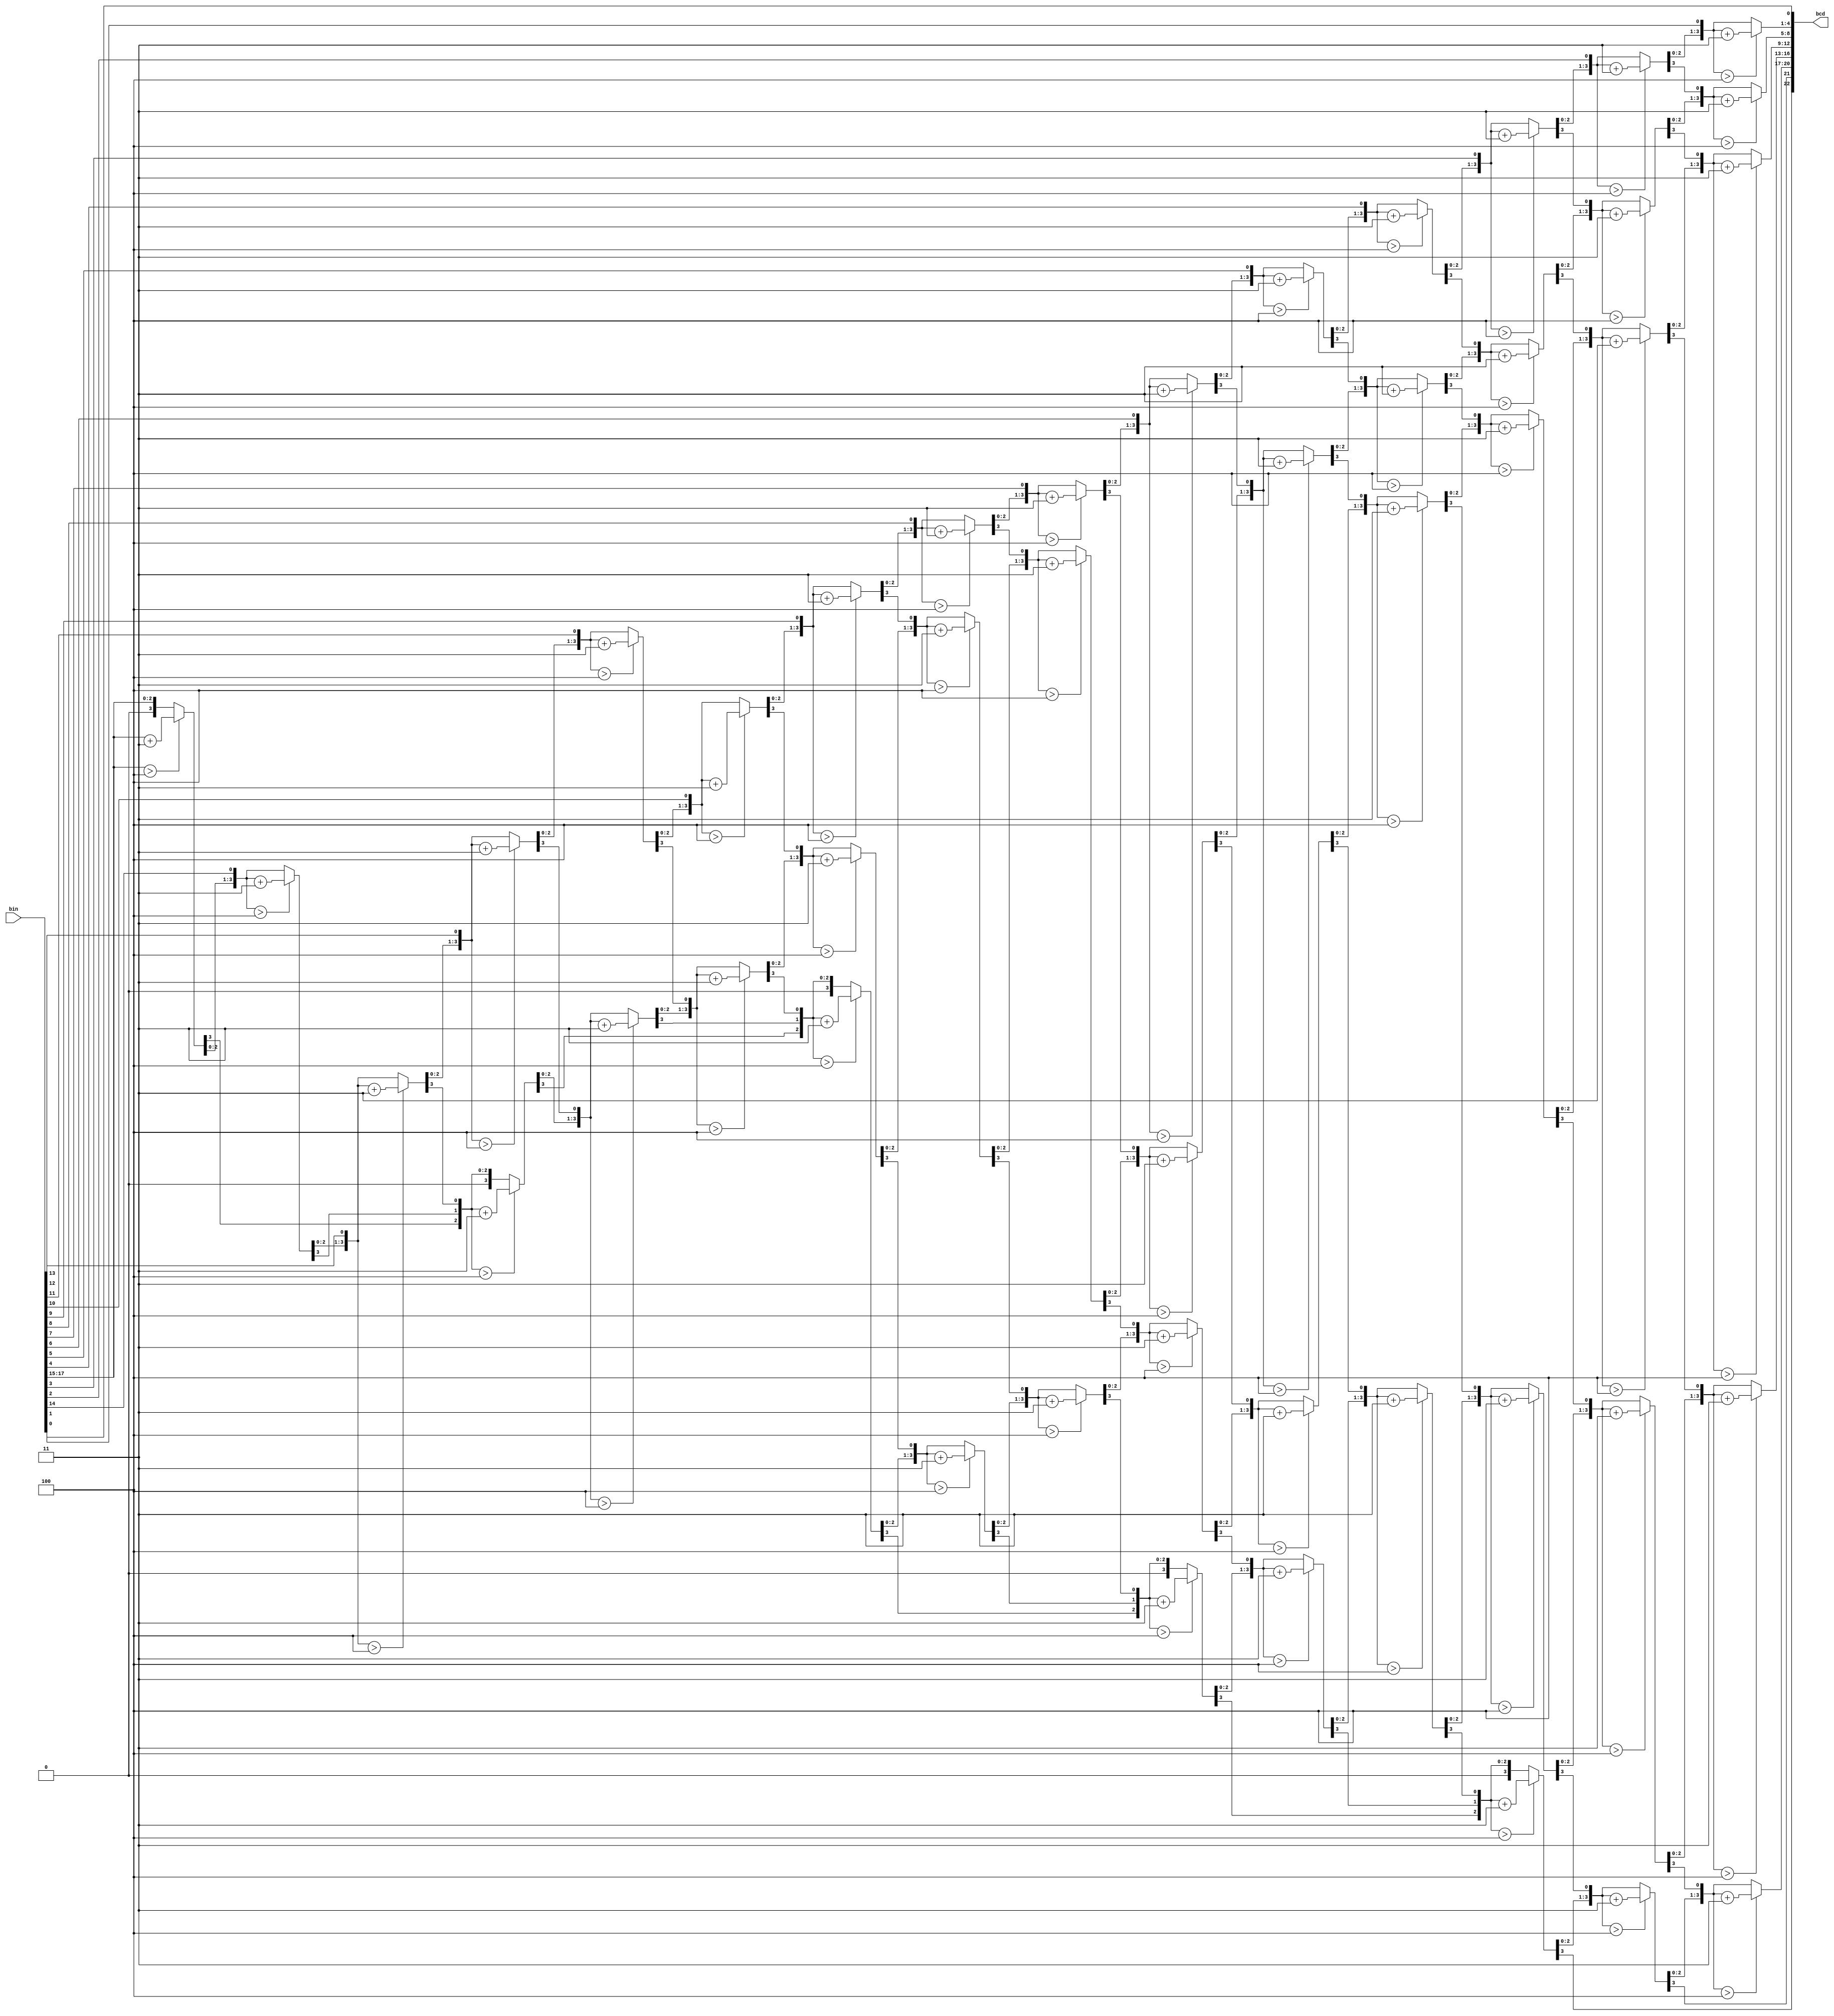
////////////////////////////////////////////////////////////////////////////////////
// Copyright (c) 2012, Ameer M. Abdelhadi; ameer@ece.ubc.ca. All rights reserved. //
//                                                                                //
// Redistribution  and  use  in  source   and  binary  forms,   with  or  without //
// modification,  are permitted  provided that  the following conditions are met: //
//   * Redistributions   of  source   code  must  retain   the   above  copyright //
//     notice,  this   list   of   conditions   and   the  following  disclaimer. //
//   * Redistributions  in  binary  form  must  reproduce  the  above   copyright //
//     notice, this  list  of  conditions  and the  following  disclaimer in  the //
//     documentation and/or  other  materials  provided  with  the  distribution. //
//   * Neither the name of the University of British Columbia (UBC) nor the names //
//     of   its   contributors  may  be  used  to  endorse  or   promote products //
//     derived from  this  software without  specific  prior  written permission. //
//                                                                                //
// THIS  SOFTWARE IS  PROVIDED  BY THE COPYRIGHT HOLDERS AND CONTRIBUTORS "AS IS" //
// AND  ANY EXPRESS  OR IMPLIED WARRANTIES,  INCLUDING,  BUT NOT LIMITED TO,  THE //
// IMPLIED WARRANTIES OF MERCHANTABILITY AND FITNESS FOR A PARTICULAR PURPOSE ARE //
// DISCLAIMED.  IN NO  EVENT SHALL University of British Columbia (UBC) BE LIABLE //
// FOR ANY DIRECT,  INDIRECT,  INCIDENTAL,  SPECIAL,  EXEMPLARY, OR CONSEQUENTIAL //
// DAMAGES  (INCLUDING,  BUT NOT LIMITED TO,  PROCUREMENT OF  SUBSTITUTE GOODS OR //
// SERVICES;  LOSS OF USE,  DATA,  OR PROFITS;  OR BUSINESS INTERRUPTION) HOWEVER //
// CAUSED AND ON ANY THEORY OF LIABILITY,  WHETHER IN CONTRACT, STRICT LIABILITY, //
// OR TORT  (INCLUDING NEGLIGENCE OR OTHERWISE) ARISING IN ANY WAY OUT OF THE USE //
// OF  THIS SOFTWARE,  EVEN  IF  ADVISED  OF  THE  POSSIBILITY  OF  SUCH  DAMAGE. //
////////////////////////////////////////////////////////////////////////////////////

////////////////////////////////////////////////////////////////////////////////////
//                 bin2bcd.v:  Parametric  Binary to BCD Converter                // 
//                 Using Double Dabble / Shift and Add 3 Algorithm                //
//                                                                                //
// Ameer M.S. Abdelhadi (ameer@ece.ubc.ca; ameer.abdelhadi@gmail.com), Sept. 2012 //
////////////////////////////////////////////////////////////////////////////////////

////////////////////////////////////////////////////////////////////////////////////
//                                 18-bit Example                                 //
//                                                                                //
//                     B  B  B  B  B  B  B  B  B  B  B  B  B  B  B  B  B  B       //
//                     I  I  I  I  I  I  I  I  I  I  I  I  I  I  I  I  I  I       //
//                     N  N  N  N  N  N  N  N  N  N  N  N  N  N  N  N  N  N       //
//                     1  1  1  1  1  1  1  1  9  8  7  6  5  4  3  2  1  0       //
//     '0 '0 '0 '0 '0  7  6  5  4  3  2  1  0  |  |  |  |  |  |  |  |  |  |       //
//      |  |  |  |  |  |  |  |  |  |  |  |  |  |  |  |  |  |  |  |  |  |  |       //
//      |  |  |  |  V__V__V__V  |  |  |  |  |  |  |  |  |  |  |  |  |  |  |       //
//      |  |  |  | /IF>4THEN+3\ |  |  |  |  |  |  |  |  |  |  |  |  |  |  |       //
//      |  |  |  | \__________/ |  |  |  |  |  |  |  |  |  |  |  |  |  |  |       //
//      |  |  |  |  |  |  |  |  |  |  |  |  |  |  |  |  |  |  |  |  |  |  |       //
//      |  |  |  |  |  V__V__V__V  |  |  |  |  |  |  |  |  |  |  |  |  |  |       //
//      |  |  |  |  | /IF>4THEN+3\ |  |  |  |  |  |  |  |  |  |  |  |  |  |       //
//      |  |  |  |  | \__________/ |  |  |  |  |  |  |  |  |  |  |  |  |  |       //
//      |  |  |  |  |  |  |  |  |  |  |  |  |  |  |  |  |  |  |  |  |  |  |       //
//      |  |  |  |  |  |  V__V__V__V  |  |  |  |  |  |  |  |  |  |  |  |  |       //
//      |  |  |  |  |  | /IF>4THEN+3\ |  |  |  |  |  |  |  |  |  |  |  |  |       //
//      |  |  |  |  |  | \__________/ |  |  |  |  |  |  |  |  |  |  |  |  |       //
//      |  |  |  |  |  |  |  |  |  |  |  |  |  |  |  |  |  |  |  |  |  |  |       //
//      |  |  |  V__V__V__V  V__V__V__V  |  |  |  |  |  |  |  |  |  |  |  |       //
//      |  |  | /IF>4THEN+3\/IF>4THEN+3\ |  |  |  |  |  |  |  |  |  |  |  |       //
//      |  |  | \__________/\__________/ |  |  |  |  |  |  |  |  |  |  |  |       //
//      |  |  |  |  |  |  |  |  |  |  |  |  |  |  |  |  |  |  |  |  |  |  |       //
//      |  |  |  |  V__V__V__V  V__V__V__V  |  |  |  |  |  |  |  |  |  |  |       //
//      |  |  |  | /IF>4THEN+3\/IF>4THEN+3\ |  |  |  |  |  |  |  |  |  |  |       //
//      |  |  |  | \__________/\__________/ |  |  |  |  |  |  |  |  |  |  |       //
//      |  |  |  |  |  |  |  |  |  |  |  |  |  |  |  |  |  |  |  |  |  |  |       //
//      |  |  |  |  |  V__V__V__V  V__V__V__V  |  |  |  |  |  |  |  |  |  |       //
//      |  |  |  |  | /IF>4THEN+3\/IF>4THEN+3\ |  |  |  |  |  |  |  |  |  |       //
//      |  |  |  |  | \__________/\__________/ |  |  |  |  |  |  |  |  |  |       //
//      |  |  |  |  |  |  |  |  |  |  |  |  |  |  |  |  |  |  |  |  |  |  |       //
//      |  |  V__V__V__V  V__V__V__V  V__V__V__V  |  |  |  |  |  |  |  |  |       //
//      |  | /IF>4THEN+3\/IF>4THEN+3\/IF>4THEN+3\ |  |  |  |  |  |  |  |  |       //
//      |  | \__________/\__________/\__________/ |  |  |  |  |  |  |  |  |       //
//      |  |  |  |  |  |  |  |  |  |  |  |  |  |  |  |  |  |  |  |  |  |  |       //
//      |  |  |  V__V__V__V  V__V__V__V  V__V__V__V  |  |  |  |  |  |  |  |       //
//      |  |  | /IF>4THEN+3\/IF>4THEN+3\/IF>4THEN+3\ |  |  |  |  |  |  |  |       //
//      |  |  | \__________/\__________/\__________/ |  |  |  |  |  |  |  |       //
//      |  |  |  |  |  |  |  |  |  |  |  |  |  |  |  |  |  |  |  |  |  |  |       //
//      |  |  |  |  V__V__V__V  V__V__V__V  V__V__V__V  |  |  |  |  |  |  |       //
//      |  |  |  | /IF>4THEN+3\/IF>4THEN+3\/IF>4THEN+3\ |  |  |  |  |  |  |       //
//      |  |  |  | \__________/\__________/\__________/ |  |  |  |  |  |  |       //
//      |  |  |  |  |  |  |  |  |  |  |  |  |  |  |  |  |  |  |  |  |  |  |       //
//      |  V__V__V__V  V__V__V__V  V__V__V__V  V__V__V__V  |  |  |  |  |  |       //
//      | /IF>4THEN+3\/IF>4THEN+3\/IF>4THEN+3\/IF>4THEN+3\ |  |  |  |  |  |       //
//      | \__________/\__________/\__________/\__________/ |  |  |  |  |  |       //
//      |  |  |  |  |  |  |  |  |  |  |  |  |  |  |  |  |  |  |  |  |  |  |       //
//      |  |  V__V__V__V  V__V__V__V  V__V__V__V  V__V__V__V  |  |  |  |  |       //
//      |  | /IF>4THEN+3\/IF>4THEN+3\/IF>4THEN+3\/IF>4THEN+3\ |  |  |  |  |       //
//      |  | \__________/\__________/\__________/\__________/ |  |  |  |  |       //
//      |  |  |  |  |  |  |  |  |  |  |  |  |  |  |  |  |  |  |  |  |  |  |       //
//      |  |  |  V__V__V__V  V__V__V__V  V__V__V__V  V__V__V__V  |  |  |  |       //
//      |  |  | /IF>4THEN+3\/IF>4THEN+3\/IF>4THEN+3\/IF>4THEN+3\ |  |  |  |       //
//      |  |  | \__________/\__________/\__________/\__________/ |  |  |  |       //
//      |  |  |  |  |  |  |  |  |  |  |  |  |  |  |  |  |  |  |  |  |  |  |       //
//      V__V__V__V  V__V__V__V  V__V__V__V  V__V__V__V  V__V__V__V  |  |  |       //
//     /IF>4THEN+3\/IF>4THEN+3\/IF>4THEN+3\/IF>4THEN+3\/IF>4THEN+3\ |  |  |       //
//     \__________/\__________/\__________/\__________/\__________/ |  |  |       //
//      |  |  |  |  |  |  |  |  |  |  |  |  |  |  |  |  |  |  |  |  |  |  |       //
//      |  V__V__V__V  V__V__V__V  V__V__V__V  V__V__V__V  V__V__V__V  |  |       //
//      | /IF>4THEN+3\/IF>4THEN+3\/IF>4THEN+3\/IF>4THEN+3\/IF>4THEN+3\ |  |       //
//      | \__________/\__________/\__________/\__________/\__________/ |  |       //
//      |  |  |  |  |  |  |  |  |  |  |  |  |  |  |  |  |  |  |  |  |  |  |       //
//      |  |  V__V__V__V  V__V__V__V  V__V__V__V  V__V__V__V  V__V__V__V  |       //
//      |  | /IF>4THEN+3\/IF>4THEN+3\/IF>4THEN+3\/IF>4THEN+3\/IF>4THEN+3\ |       //
//      |  | \__________/\__________/\__________/\__________/\__________/ |       //
//      |  |  |  |  |  |  |  |  |  |  |  |  |  |  |  |  |  |  |  |  |  |  |       //
//      B  B  B  B  B  B  B  B  B  B  B  B  B  B  B  B  B  B  B  B  B  B  B       //
//      C  C  C  C  C  C  C  C  C  C  C  C  C  C  C  C  C  C  C  C  C  C  C       //
//      D  D  D  D  D  D  D  D  D  D  D  D  D  D  D  D  D  D  D  D  D  D  D       //
//      2  2  2  1  1  1  1  1  1  1  1  1  1  9  8  7  6  5  4  3  2  1  0       //
//      2  1  0  9  8  7  6  5  4  3  2  1  0                                     //
//     \_______/\__________/\__________/\__________/\__________/\__________/      //
//     100,000's  10,000's     1000's      100's        10's         1's          //
//                                                                                //
////////////////////////////////////////////////////////////////////////////////////

module bin2bcd
 #( parameter                W = 18)  // input width
  ( input      [W-1      :0] bin   ,  // binary
    output reg [W+(W-4)/3:0] bcd   ); // bcd {...,thousands,hundreds,tens,ones}

  integer i,j;

  always @(bin) begin
    for(i = 0; i <= W+(W-4)/3; i = i+1) bcd[i] = 0;     // initialize with zeros
    bcd[W-1:0] = bin;                                   // initialize with input vector
    for(i = 0; i <= W-4; i = i+1)                       // iterate on structure depth
      for(j = 0; j <= i/3; j = j+1)                     // iterate on structure width
        if (bcd[W-i+4*j -: 4] > 4)                      // if > 4
          bcd[W-i+4*j -: 4] = bcd[W-i+4*j -: 4] + 4'd3; // add 3
  end

endmodule